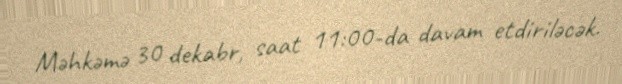
Məhkəmə 30 dekabr, saat 11:00-da davam etdiriləcək.